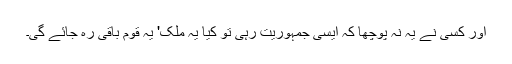
اور کسی نے یہ نہ پوچھا کہ ایسی جمہوریت رہی تو کیا یہ ملک' یہ قوم باقی رہ جائے گی۔